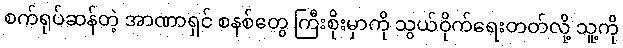
စက်ရုပ်ဆန်တဲ့ အာဏာရှင် စနစ်တွေ ကြီးစိုးမှာကို သွယ်ဝိုက်ရေးတတ်လို့ သူ့ကို